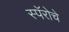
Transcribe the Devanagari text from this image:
स्पॅरोचे